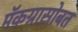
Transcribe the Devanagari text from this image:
मॅकग्रासोबत